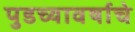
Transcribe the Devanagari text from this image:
पुडच्यावर्षाचे